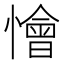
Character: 懀